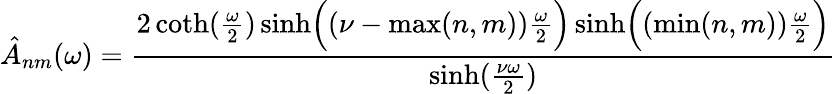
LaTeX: \hat{A}_{nm}(\omega)={\frac{2\coth({\frac{\omega}{2}})\sinh\Bigl((\nu-\operatorname*{max}(n,m)){\frac{\omega}{2}}\Bigr)\sinh\Bigl((\operatorname*{min}(n,m)){\frac{\omega}{2}}\Bigr)}{\sinh({\frac{\nu\omega}{2}})}}